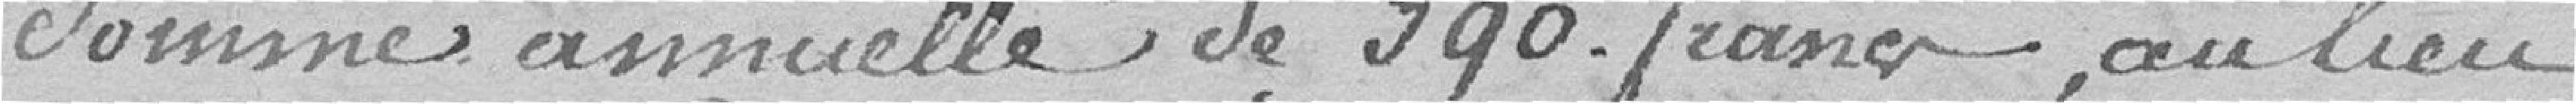
somme annuelle de 390 francs, au lieu